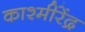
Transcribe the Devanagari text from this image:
काश्मीरेंद्र